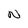
Character: N